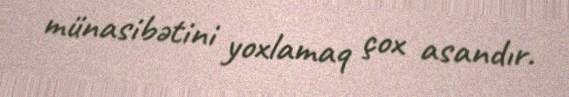
münasibətini yoxlamaq çox asandır.